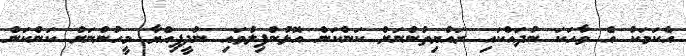
އެކަމަކު އެ ވާހަކަ ނުދައްކައި ރައްޔިތުންނަށް ކަންކަން އޮޅުންފިލުވައި ނުދީފިއްޔާ މީހުންނަށް ކަންކަން